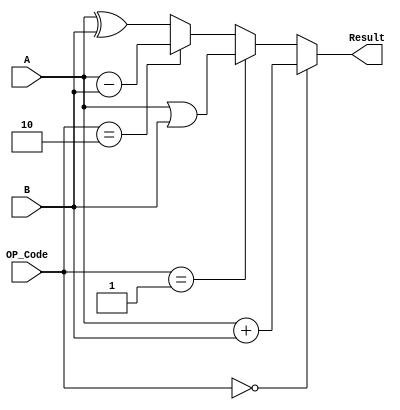
module N_bit_ALU (A, B, OP_Code, Result);
	
	parameter NO_of_bits = 4;
	
	input  [NO_of_bits-1:0] A, B;
	input  [1:0] OP_Code;
	output [NO_of_bits-1:0] Result;

	assign Result = (OP_Code == 0) ? (A + B) : (OP_Code == 1) ? (A | B) : (OP_Code == 2) ? (A - B) :  (A ^ B);

endmodule